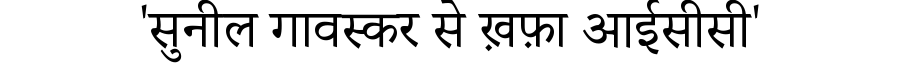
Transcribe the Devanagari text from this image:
'सुनील गावस्कर से ख़फ़ा आईसीसी'